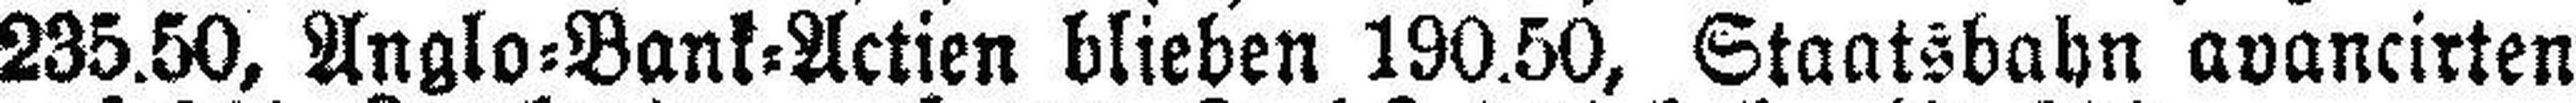
235.50, Anglo=Bank=Actien blieben 190.50, Staatsbahn avancirten